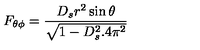
F _ { \theta \phi } = \frac { D _ { s } r ^ { 2 } \sin \theta } { \sqrt { 1 - D _ { s } ^ { 2 } . 4 \pi ^ { 2 } } }